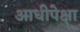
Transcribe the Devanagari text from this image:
आधीपेक्षा